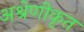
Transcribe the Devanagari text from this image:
अश्रेणीकृत